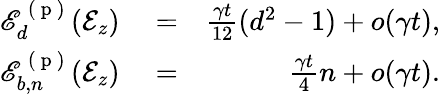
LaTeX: \begin{array}{rlr}{\mathscr{E}_{d}^{\mathrm{~(~p~)~}}(\mathcal{E}_{z})}&{{}=}&{\frac{\gamma t}{12}(d^{2}-1)+o(\gamma t),}\\ {\mathscr{E}_{b,n}^{\mathrm{~(~p~)~}}(\mathcal{E}_{z})}&{{}=}&{\frac{\gamma t}{4}n+o(\gamma t).}\end{array}